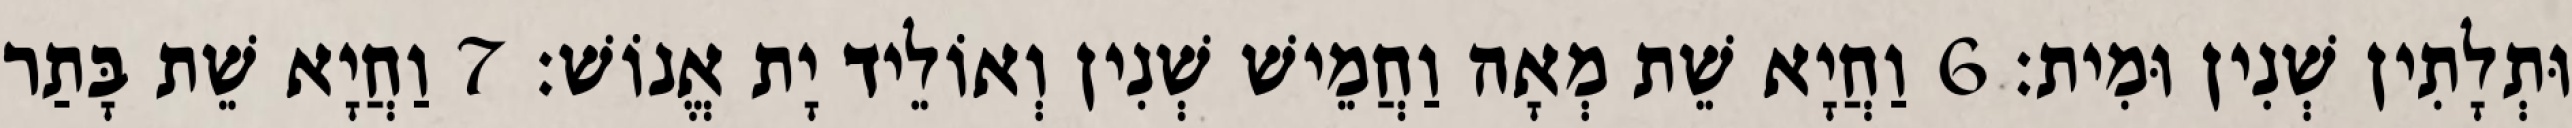
וּתְלָתִין שְׁנִין וּמִית׃ 6 וַחֲיָא שֵׁת מְאָה וַחֲמֵישׁ שְׁנִין וְאוֹלֵיד יָת אֱנוֹשׁ׃ 7 וַחֲיָא שֵׁת בָּתַר